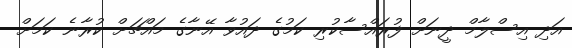
އަދި އިސްލާމް ދީނަށް ފުރައްސާކުރި ކަމުގެ ދައުވާ އޭނާގެ މައްޗަށް ކުރާނެ ކަމަށް